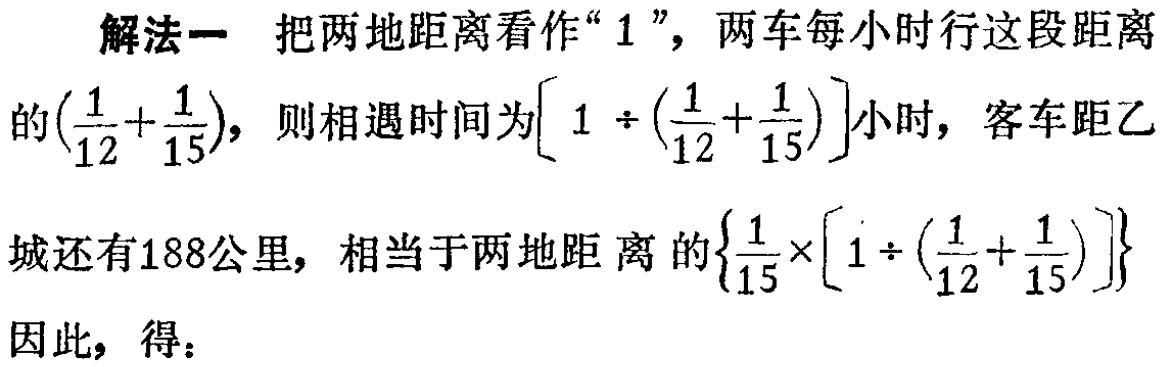
解法一 把两地距离看作“$1$”，两车每小时行这段距离

的$(\frac{1}{12}+\frac{1}{15})$，则相遇时间为$[ 1 \div (\frac{1}{12}+\frac{1}{15})]$小时，客车距乙

城还有188公里，相当于两地距 离 的$\{\frac{1}{15}\times[ 1 \div (\frac{1}{12}+\frac{1}{15})]\}$

因此，得：